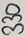
Text: 330